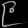
Digit: ၉